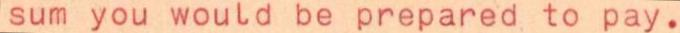
sum you would be prepared to pay.